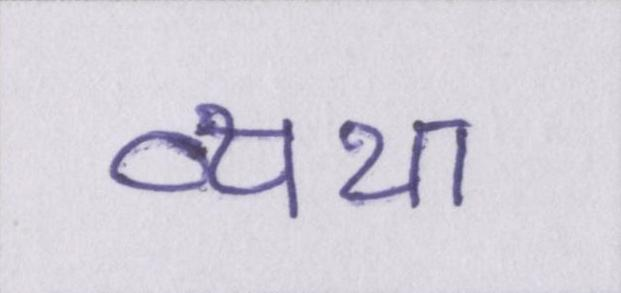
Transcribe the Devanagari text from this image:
व्यथा